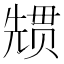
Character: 𭀳